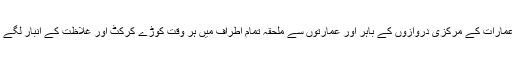
اس حوالے سے میونسپل کمیٹی کے لوگوں پر صدآفرین ہے کہ اہم عمارات کے مرکزی دروازوں کے باہر اور عمارتوں سے ملحقہ تمام اطراف میں ہر وقت کوڑے کرکٹ اور غلاظت کے انبار لگے رہتے ہیں ، مگر کسی ذمہ دارکے کانوں پرجوں تک نہیں رینگتی ۔